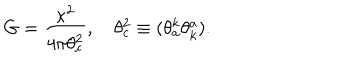
G = \frac { \kappa ^ { 2 } } { 4 \pi \theta _ { c } ^ { 2 } } , \quad \theta _ { c } ^ { 2 } \equiv ( \theta _ { a } ^ { k } \theta _ { k } ^ { a } ) .